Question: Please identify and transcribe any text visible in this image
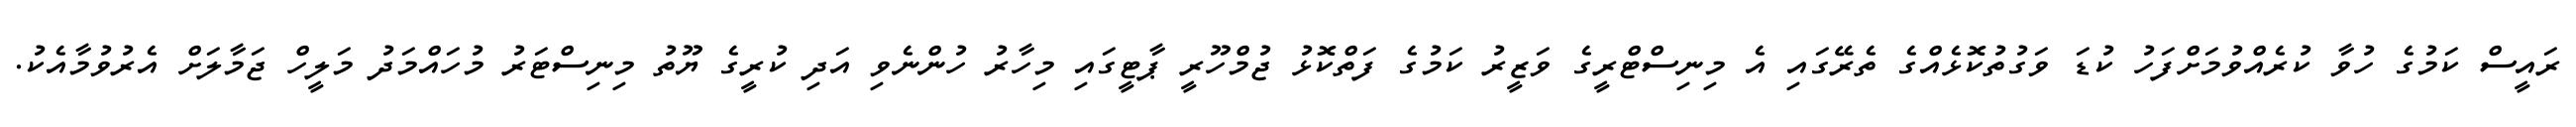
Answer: ރައީސް ކަމުގެ ހުވާ ކުރެއްވުމަށްފަހު ކުޑަ ވަގުތުކޮޅެއްގެ ތެރޭގައި އެ މިނިސްޓްރީގެ ވަޒީރު ކަމުގެ ފަތްކޮޅު ޖުމްހޫރީ ޕާޓީގައި މިހާރު ހުންނެވި އަދި ކުރީގެ ޔޫތު މިނިސްޓަރު މުހައްމަދު މަލީހް ޖަމާލަށް އެރުވުމާއެކު.